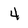
Character: 4